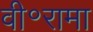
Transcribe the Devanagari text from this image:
वी॰रामा